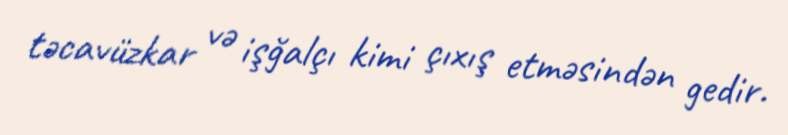
təcavüzkar və işğalçı kimi çıxış etməsindən gedir.